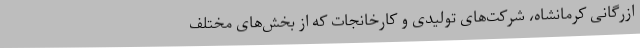
ازرگانی کرمانشاه، شرکت‌های تولیدی و کارخانجات که از بخش‌های مختلف